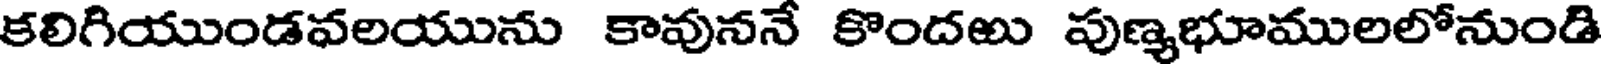
కలిగియుండవలయును కావుననే కొందఱు పుణ్యభూములలోనుండి